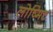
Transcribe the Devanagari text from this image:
लोष्मिट